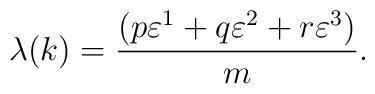
\lambda (k)= \frac{(p\varepsilon^1 +q \varepsilon^2 + r  \varepsilon^3)}{m}.